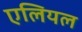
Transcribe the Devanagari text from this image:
एलियल